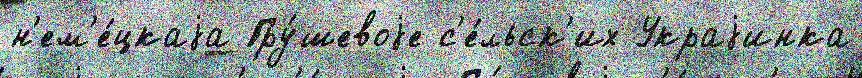
н'ем'е́цкаjа Гру́шевоjе с'е́льск'их Украjинка